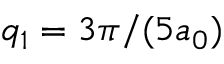
q _ { 1 } = 3 \pi / ( 5 a _ { 0 } )